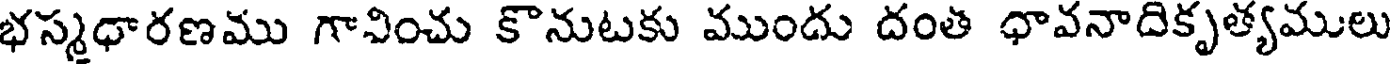
భస్మధారణము గావించు కొనుటకు ముందు దంత ధావనాదికృత్యములు